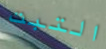
التبت